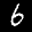
Label: 6